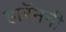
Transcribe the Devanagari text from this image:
हारॅमनी